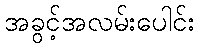
အခွင့်အလမ်းပေါင်း